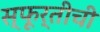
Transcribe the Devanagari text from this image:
स्फूर्तीची